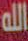
الله